Report on enteric fever
Disease focus: Fever
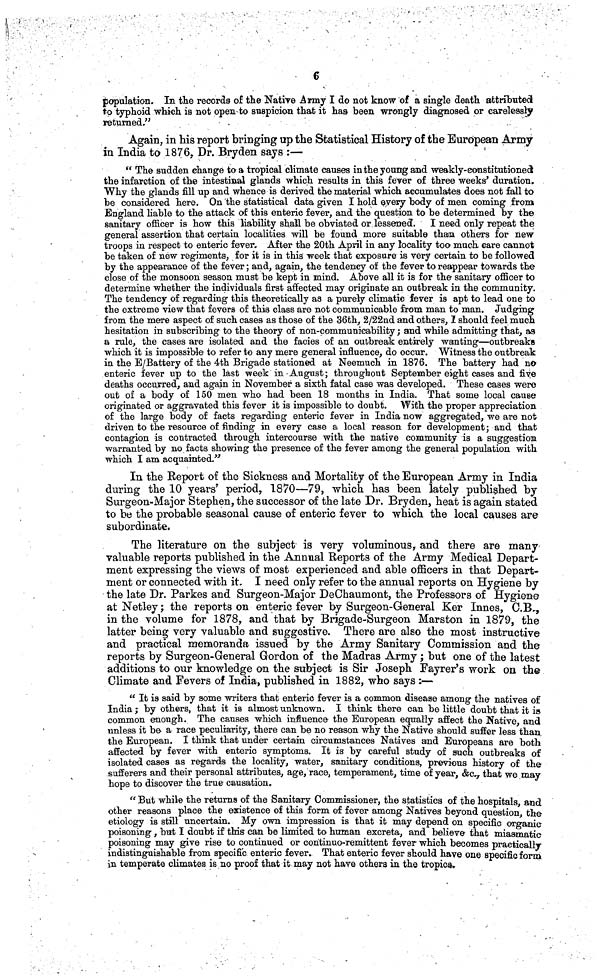
6
population. In the records of the Native Army I do not know of a single death attributed
to typhoid which is not open to suspicion that it has been wrongly diagnosed or carelessly
returned,"
Again, in his report bringing up the Statistical History of the European Army
in India to 1876, Dr. Bryden says :—
" The sudden change to a tropical climate causes in the young and weakly-constitutionedt
the infarction of the intestinal glands which results in this fever of three weeks' duration.
Why the glands fill up and whence is derived the material which accumulates does not fall to
be considered here. On the statistical data given I hold every body of men coming from
England liable to the attack of this enteric fever, and the question to be determined by the
sanitary officer is how this liability shall be obviated or lessened. I need only repeat the
general assertion that certain localities will be found more suitable than others for new
troops in respect to enteric fever. After the 20th April in any locality too much care cannot
be taken of new regiments, for it is in this week that exposure is very certain to be followed
by the appearance of the fever; and, again, the tendency of the fever to reappear towards the
close of the monsoon season must be kept in mind. Above all it is for the sanitary officer to
determine whether the individuals first affected may originate an outbreak in the community.
The tendency of regarding this theoretically as a purely climatic fever is apt to lead one to
the extreme view that fevers of this class are not communicable from man to man. Judging
from the mere aspect of such cases as those of the 36th, 2/22nd and others, I should feel much
hesitation in subscribing to the theory of non-communicability; and while admitting that, as
a rule, the cases are isolated and the facies of an outbreak entirely wanting—outbreaks
which it is impossible to refer to any mere general influence, do occur. Witness the outbreak
in the E/Battery of the 4th Brigade stationed at Neemuch in 1876. The battery had no
enteric fever up to the last week in - August; throughout September eight cases and five
deaths occurred, and again in November a sixth fatal case was developed. These cases were
out of a body of 150 men who had been 18 months in India. That some local cause
originated or aggravated this fever it is impossible to doubt. With the proper appreciation
of the large body of facts regarding enteric fever in India now aggregated, we are not
driven to the resource of finding in every case a local reason for development; and that
contagion is contracted through intercourse with the native community is a suggestiom
warranted by no facts showing the presence of the fever among the general population with
which I am acquainted."
In the Report of the Sickness and Mortality of the European Army in India
during the 10 years' period, 1870—79, which has been lately published by
Surgeon-Major Stephen, the successor of the late Dr. Bryden, heat is again stated
to be the probable seasonal cause of enteric fever to which the local causes are
subordinate.
The literature on the subject is very voluminous, and there are many
valuable reports published in the Annual Reports of the Army Medical Depart-
ment expressing the views of most experienced and able officers in that Depart-
ment or connected with it. I need only refer to the annual reports on Hygiene by
the late Dr. Parkes and Surgeon-Major DeChaumont, the Professors of Hygiene
at Netley; the reports on enteric fever by Surgeon-General Ker Innes, C.B,,
in the volume for 1878, and that by Brigade-Surgeon Marston in 1879, the
latter being very valuable and suggestive. There are also the most instructive
and practical memoranda issued by the Army Sanitary Commission and the
reports by Surgeon-General Gordon of the Madras Army ; but one of the latest
additions to our knowledge on the subject is Sir Joseph Fayrer's work on the
Climate and Fevers of India, published in 1882, who says :—
" It is said by some writers that enteric fever is a common disease among the natives of
India; by others, that it is almost unknown. I think there can be little doubt that it is
common enough. The causes which influence the European equally affect the Native, and
unless it be a race peculiarity, there can be no reason why the Native should suffer less than
the European. I think that under certain circumstances Natives and Europeans are both
affected by fever with enteric symptoms. It is by careful study of such outbreaks of
isolated cases as regards the locality, water, sanitary conditions, previous history of the
sufferers and their personal attributes, age, race, temperament, time of year, &c., that we may
hope to discover the true causation.
" But while the returns of the Sanitary Commissioner, the statistics of the hospitals, and
other reasons place the existence of this form of fever among Natives beyond question, the
etiology is still uncertain. My own impression is that it may depend on specific organic
poisoning , but I doubt if this can be limited to human excreta, and believe that miasmatic-
poisoning may give rise to continued or coritinuo-remittent fever which becomes practically
indistinguishable from specific enteric fever. That enteric fever should have one specific form
in temperate climates is no proof that it may not have others in the tropics.